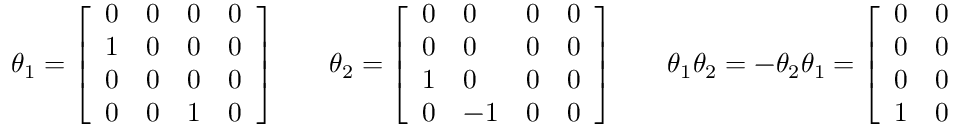
\theta _ { 1 } = { \left[ \begin{array} { l l l l } { 0 } & { 0 } & { 0 } & { 0 } \\ { 1 } & { 0 } & { 0 } & { 0 } \\ { 0 } & { 0 } & { 0 } & { 0 } \\ { 0 } & { 0 } & { 1 } & { 0 } \end{array} \right] } \qquad \theta _ { 2 } = { \left[ \begin{array} { l l l l } { 0 } & { 0 } & { 0 } & { 0 } \\ { 0 } & { 0 } & { 0 } & { 0 } \\ { 1 } & { 0 } & { 0 } & { 0 } \\ { 0 } & { - 1 } & { 0 } & { 0 } \end{array} \right] } \qquad \theta _ { 1 } \theta _ { 2 } = - \theta _ { 2 } \theta _ { 1 } = { \left[ \begin{array} { l l l l } { 0 } & { 0 } & { 0 } & { 0 } \\ { 0 } & { 0 } & { 0 } & { 0 } \\ { 0 } & { 0 } & { 0 } & { 0 } \\ { 1 } & { 0 } & { 0 } & { 0 } \end{array} \right] } .